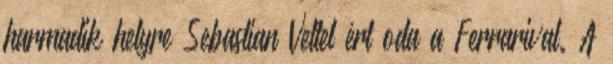
harmadik helyre Sebastian Vettel ért oda a Ferrarival. A